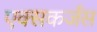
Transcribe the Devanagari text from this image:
एक्सकर्जंस